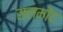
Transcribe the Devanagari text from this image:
सल्मोंद